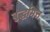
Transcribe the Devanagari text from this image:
बुद्धमित्त